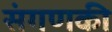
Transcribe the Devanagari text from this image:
संगणकी